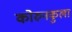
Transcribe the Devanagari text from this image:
कोरुनकुला